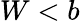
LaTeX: W<b